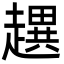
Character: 趩